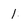
Character: 1